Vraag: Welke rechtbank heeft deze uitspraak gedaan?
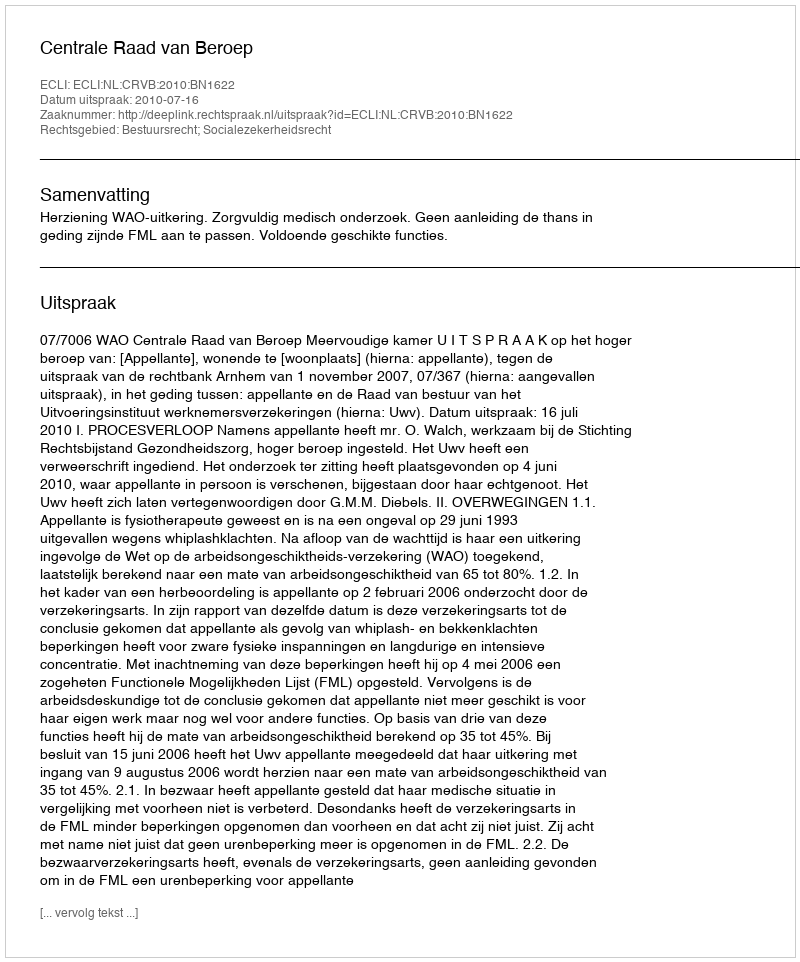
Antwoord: Centrale Raad van Beroep